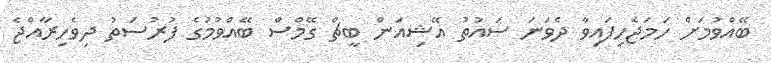
ބޭއްވުމަށް ހަމަޖެހިފައިވާ ދެވަނަ ސައުތު އޭޝިއަން ބީޗް ގޭމްސް ބޭއްވުމުގެ ފުރުސަތު ދިވެހިރާއްޖެ